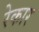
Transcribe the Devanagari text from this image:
रेकार